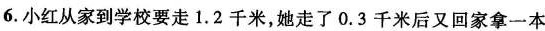
6.小红从家到学校要走1.2千米，她走了0.3千米后又回家拿一本